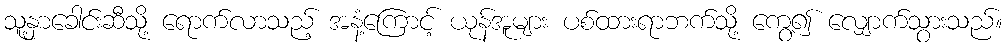
သူ့နှာခေါင်းဆီသို့ ရောက်လာသည့် အနံ့ကြောင့် ယုန်အူများ ပစ်ထားရာဘက်သို့ ကွေ့၍ လျှောက်သွားသည်။